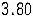
3.80